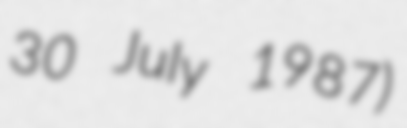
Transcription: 30 July 1987)